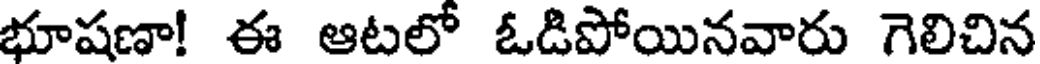
భూషణా! ఈ ఆటలో ఓడిపోయినవారు గెలిచిన